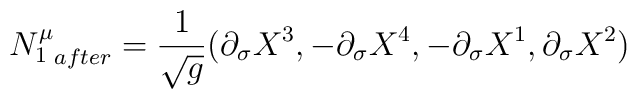
{N^\mu_1}_{after} =\frac 1{\sqrt{g}} \big(\partial_\sigma X^3,- \partial_\sigma X^4, -\partial_\sigma X^1, \partial_\sigma X^2\big)